Vabadussoja_Ajaloo_Komitee, lk 23
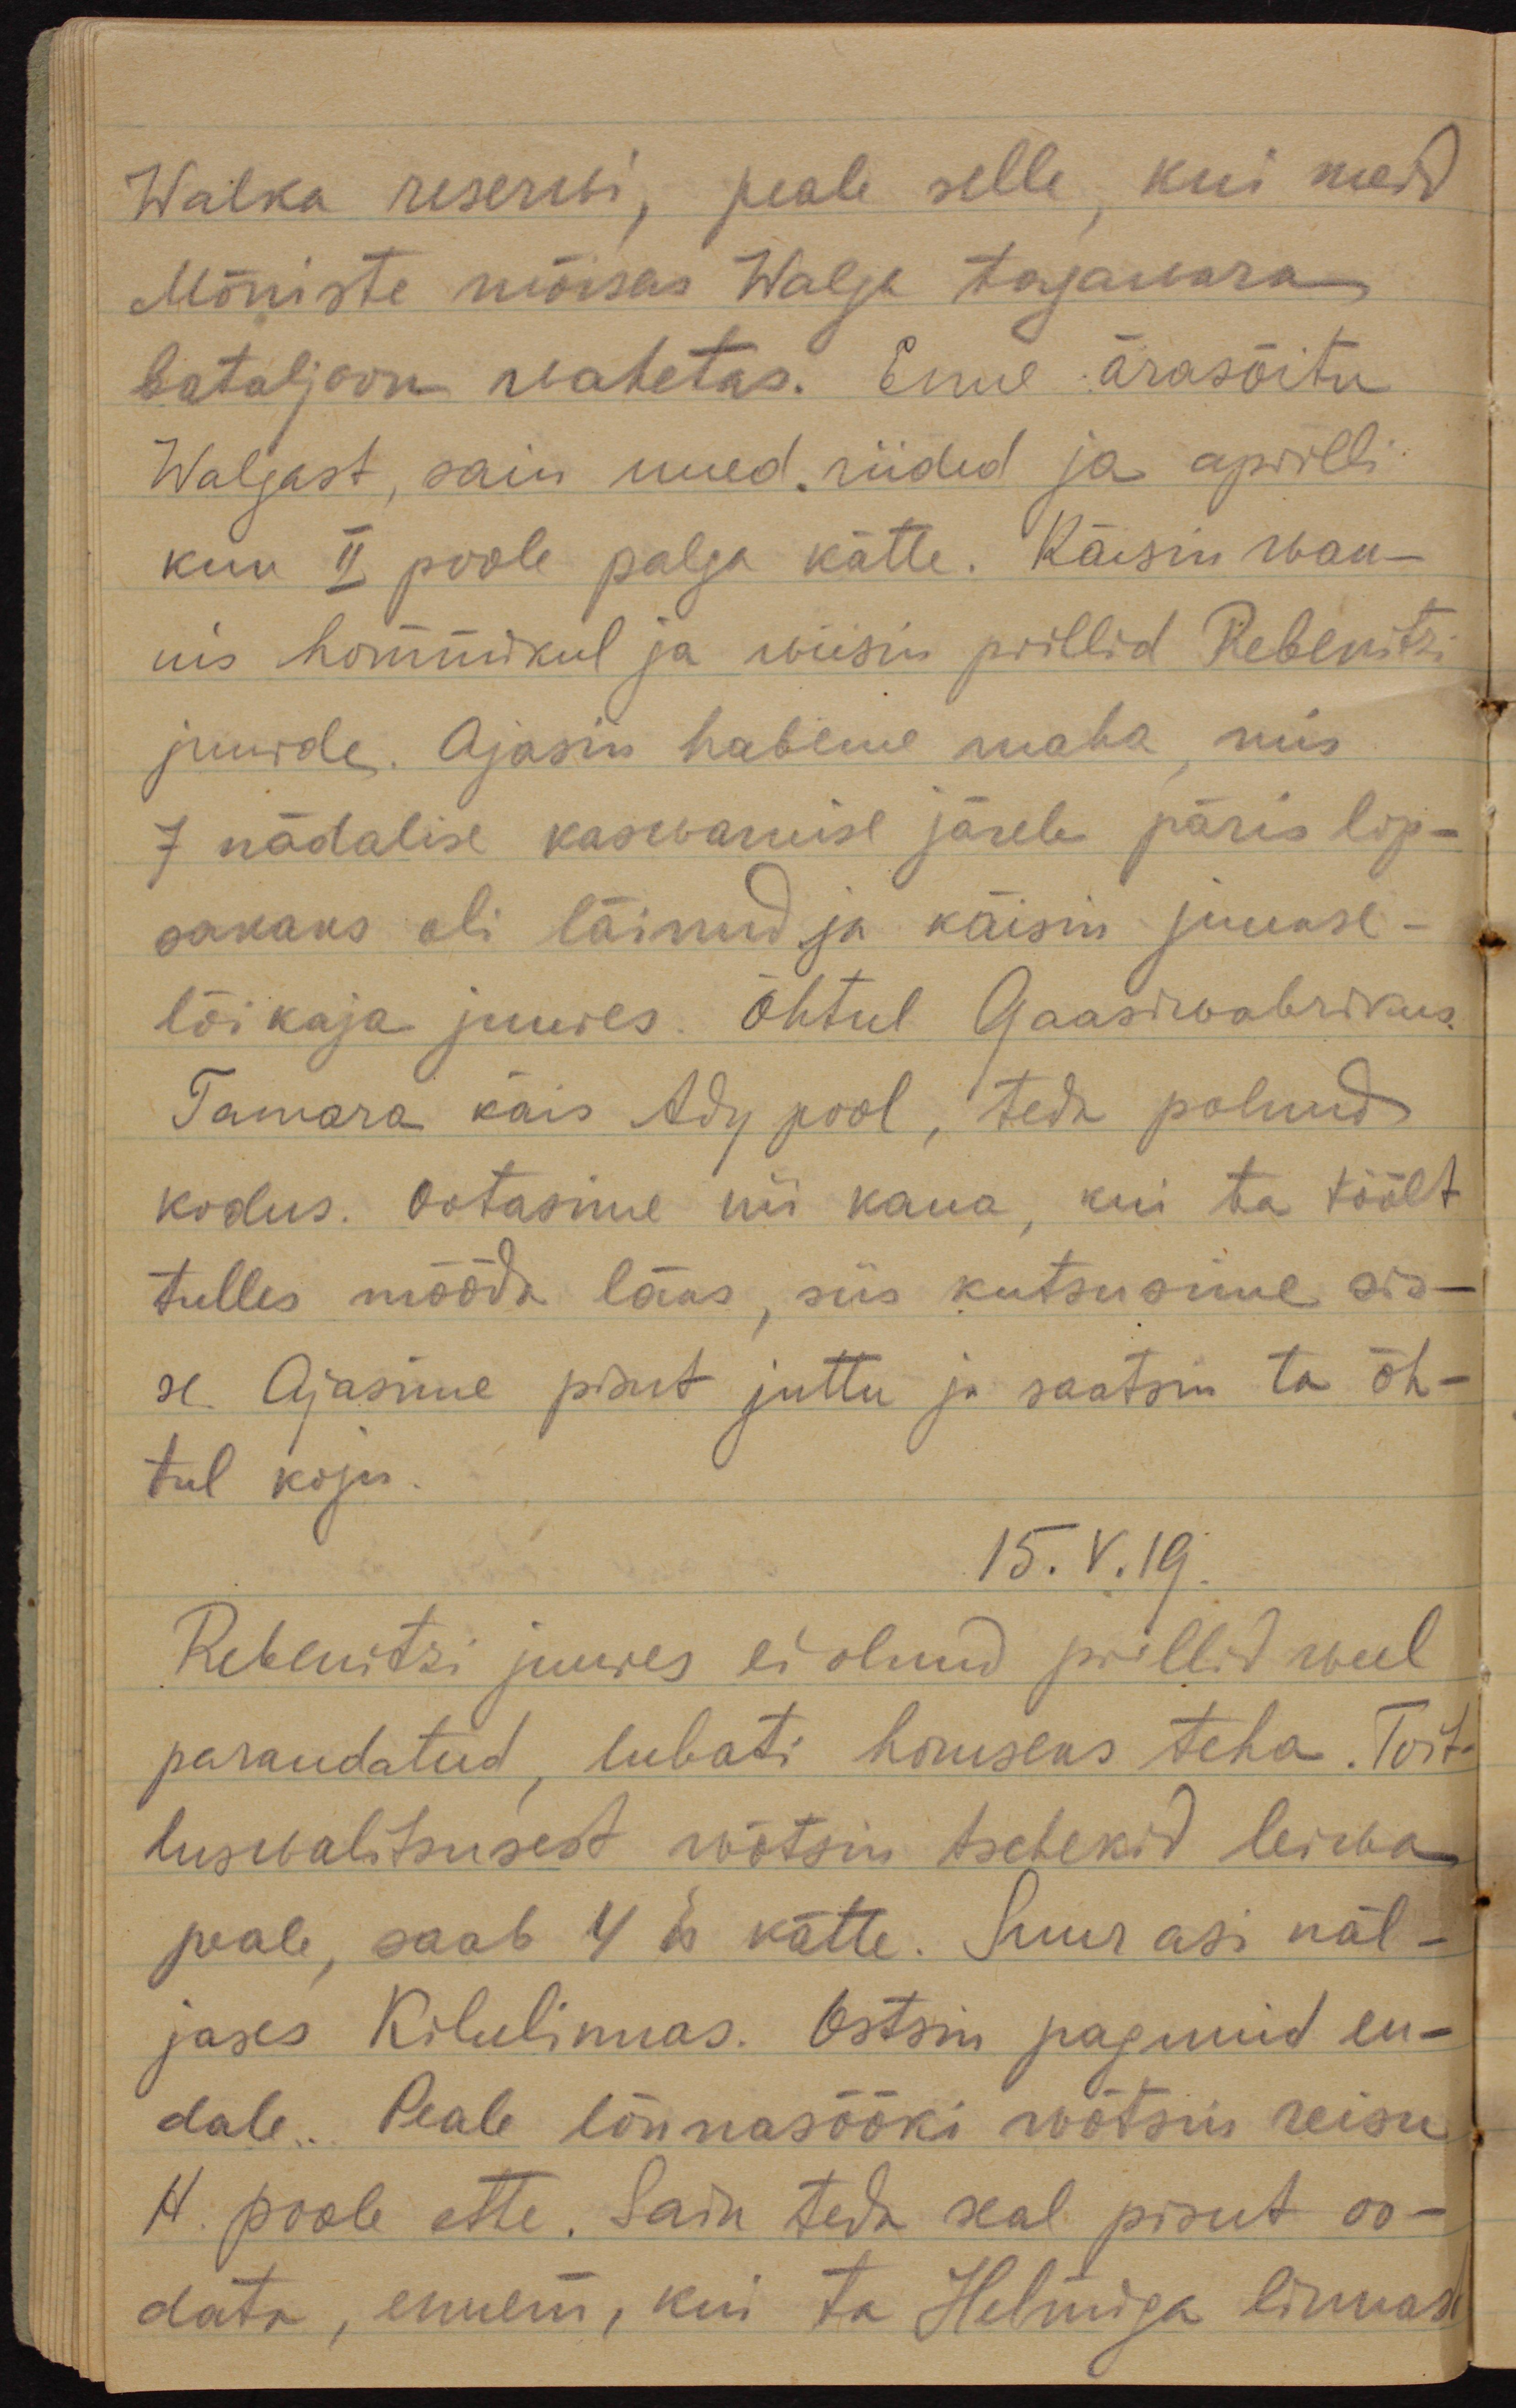
Walka reserwi, peale selle, kui meid
Mõniste mõisas Walga tagawara-
bataljon wahetas. Enne ärasõitu
Walgast, sain uued riided ja aprilli
kuu II poole palga kätte. Käisin wan-
nis hommikul ja wiisin prillid Rebenitzi
juurde. Ajasin habeme maha, mis
7 nädalise kaswamise järele päris lop-
sakaks oli läinud ja käisin juukse-
lõikaja juures. Õhtul Gaasiwabrikus
Tamara käis Ady pool, teda polnud
kodus. Ootasime nii kaua, kui ta töölt
tulles mööda läks, siis kutsusime sis-
se. Ajasime pisut juttu ja saatsin ta õh-
tul koju.
15.V.19.
Rebenitzi juures ei olnud prillid weel
parandatud, lubati homseks teha. Toit-
luswalitsusest wõtsin tschekid leiwa 
peale, saab 4 ks kätte. Suur asi näl-
jases Kilulinnas. Ostsin pagunid en-
dale. Peale lõunasööki wõtsin reisu
H. poole ette. Sain teda seal pisut oo-
data, ennem, kui ta Helmiga linnast